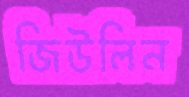
জিউলিন